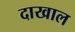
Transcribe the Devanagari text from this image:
दाखाल